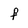
Character: f